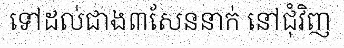
ទៅដល់ជាង៣សែននាក់ នៅជុំវិញ